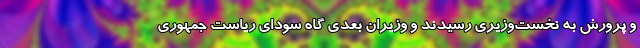
و پرورش به نخست‌وزیری رسیدند و وزیران بعدی گاه سودای ریاست جمهوری